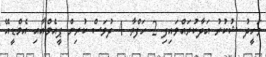
ވަހީދު ޝުކުރު އަދާކުރައްވައިފި 2 ހަފްތާ 4 ދުވަސް ކުރިން ޕީއެމްއާއި އެމްޑީއޭ